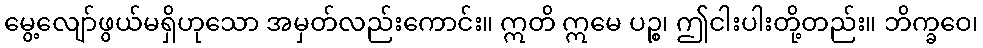
မွေ့လျော်ဖွယ်မရှိဟုသော အမှတ်လည်းကောင်း။ ဣတိ ဣမေ ပဉ္စ၊ ဤငါးပါးတို့တည်း။ ဘိက္ခဝေ၊